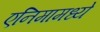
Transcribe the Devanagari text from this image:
एनिमामध्ये